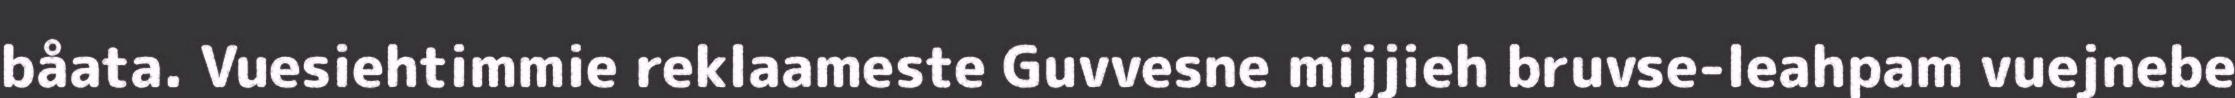
båata. Vuesiehtimmie reklaameste Guvvesne mijjieh bruvse-leahpam vuejnebe